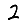
Digit: 2